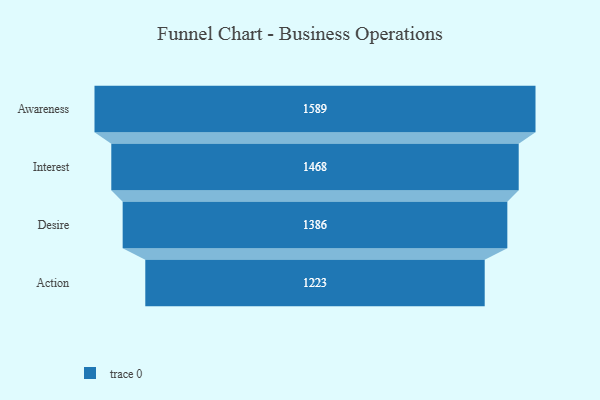
{"axis": {"x": "Stage", "y": "Value"}, "legend": [""], "data": [{"x": "Awareness", "y": 1589.0, "type": ""}, {"x": "Interest", "y": 1468.0, "type": ""}, {"x": "Desire", "y": 1386.0, "type": ""}, {"x": "Action", "y": 1223.0, "type": ""}]}